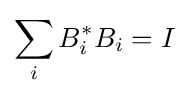
\sum _{i}B_{i}^{*}B_{i}=I